Annual report of the Imperial Bacteriologist
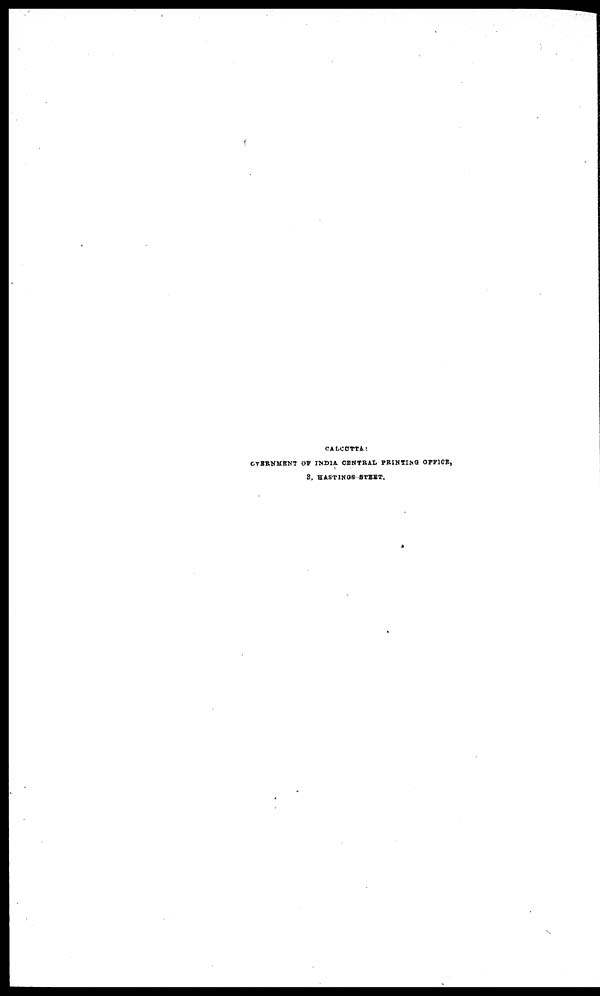
CALCUTTA:
GOVERNMENT OF INDIA CENTRAL PRINTING OFFICE,
8, HASTINGS STEET.